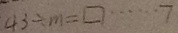
4 3 \div m = \square \cdots 7